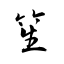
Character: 笙